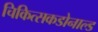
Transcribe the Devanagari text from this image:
चिकित्सकडोनाल्ड